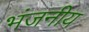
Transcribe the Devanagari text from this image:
भंजनीय